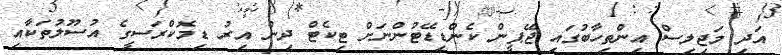
އަދި މަޖިލިސް އިންތިހާބުގައި ޖޭޕީން ކެންޑިޑޭޓުންނަށް ޓިކެޓް ދިން އިރު ޑިމޮކްރަސީގެ އުސޫލުތަކާއި